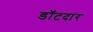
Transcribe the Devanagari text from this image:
डॉटदार